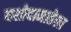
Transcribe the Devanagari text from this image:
यशोदामातेला